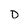
Character: D